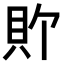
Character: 𫎑